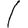
Digit: 1